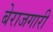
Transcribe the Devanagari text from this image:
बेराजगारी